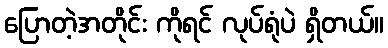
ပြောတဲ့အတိုင်း ကိုရင် လုပ်ရုံပဲ ရှိတယ်။